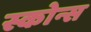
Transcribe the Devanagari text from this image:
स्कोन्स